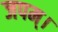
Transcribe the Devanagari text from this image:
जपम्‌।